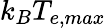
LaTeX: k_{B}T_{e,max}